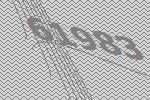
61983